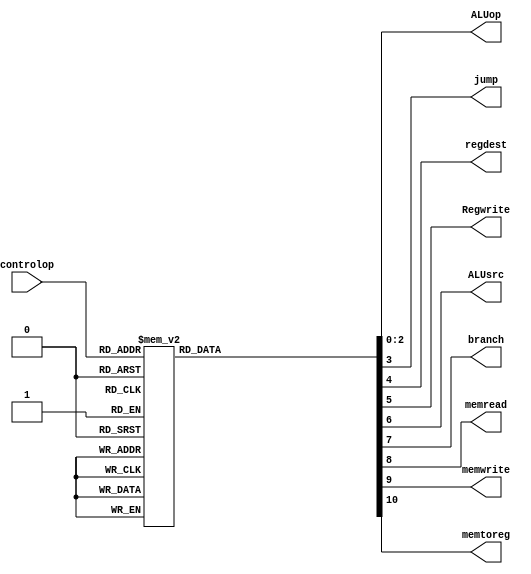
`timescale 1ns / 1ps
//////////////////////////////////////////////////////////////////////////////////
//////////////////////////////////////////////////////////////////////////////////
module ControlUnit(
	input [3:0] controlop,
	output reg [2:0] ALUop,
	output reg jump, regdest, Regwrite, ALUsrc, branch, memread, memwrite, memtoreg
	);
 
	always @ (controlop)
	begin
	case (controlop)
			0: //AND
			begin
				ALUop = 2;
				jump = 0;
				regdest = 1;
				Regwrite = 1;
				ALUsrc = 0;
				branch=0;
				memread=0;
				memwrite=0;
				memtoreg=0;
			end
			1: //OR
			begin
				ALUop=3;
				jump=0;
				regdest=1;
				Regwrite=1;
				ALUsrc=0;
				branch=0;
				memread=0;
				memwrite=0;
				memtoreg=0;
			end
	2: //Add
			begin
				ALUop=0;
				jump=0;
				regdest=1;
				Regwrite=1;
				ALUsrc=0;
				branch=0;
				memread=0;
				memwrite=0;
				memtoreg=0;
			end
	3: //AddImmediate
			begin
				ALUop=0;
				jump=0;
				regdest=0;
				Regwrite=1;
				ALUsrc=1;
				branch=0;
				memread=0;
				memwrite=0;
				memtoreg=0;
			end
			6: //Subtract
			begin
				ALUop=1;
				jump=0;
				regdest=1;
				Regwrite=1;
				ALUsrc=0;
				branch=0;
				memread=0;
				memwrite=0;
				memtoreg=0;
			end
			7: //Set Less than
			begin
				ALUop=4;
				jump=0;
				regdest=1;
				Regwrite=1;
				ALUsrc=0;
				branch=0;
				memread=0;
				memwrite=0;
				memtoreg=0;
			end
			8: //LoadWord
			begin
				ALUop=0;
				jump=0;
				regdest=0;
				Regwrite=1;
				ALUsrc=1;
				branch=0;
				memread=1;
				memwrite=0;
				memtoreg=1;
			end
			10: //StoreWord
			begin
				ALUop=0;
				jump=0;
				regdest=0;
				Regwrite=1;
				ALUsrc=1;
				branch=0;
				memread=0;
				memwrite=1;
				memtoreg=1;
			end
			14: //BNE
			begin
				ALUop=5;
				jump=0;
				regdest=0;
				Regwrite=0;
				ALUsrc=0;
				branch=1;
				memread=0;
				memwrite=0;
				memtoreg=0;
			end
		  15: //Jump
			begin
				ALUop=0;
				jump=1;
				regdest=0;
				Regwrite=0;
				ALUsrc=1;
				branch=0;
				memread=0;
				memwrite=0;
				memtoreg=0;
			end
			default:
			begin
				ALUop=0;
				jump=0;
				regdest=0;
				Regwrite=0;
				ALUsrc=0;
				branch=0;
				memread=0;
				memwrite=0;
				memtoreg=0;
			end
		  endcase
	end
endmodule